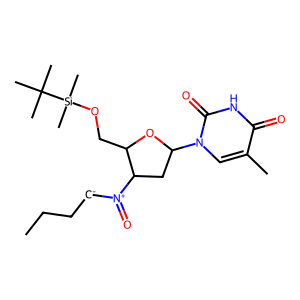
SMILES: CCC[CH-][N+](=O)C1CC(n2cc(C)c(=O)[nH]c2=O)OC1CO[Si](C)(C)C(C)(C)C
Inhibits HIV replication: No